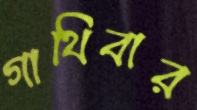
গাথিবার